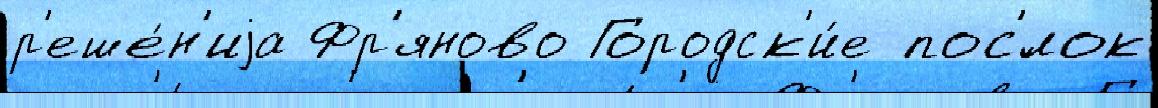
р'еше́н'иjа Фр'яново Городск'и́е пос'́лок